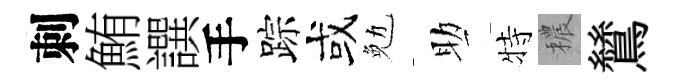
刺鮪譔手踪或勉助特穠鷥